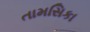
તામસિકા